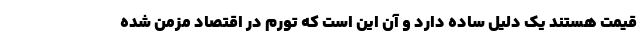
قیمت هستند یک دلیل ساده دارد و آن این است که تورم در اقتصاد مزمن شده